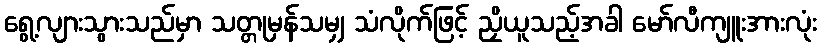
ရွေ့လျားသွားသည်မှာ သတ္တုမှန်သမျှ သံလိုက်ဖြင့် ညှိယူသည့်အခါ မော်လီကျူးအားလုံး